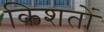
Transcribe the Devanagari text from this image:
किशतों